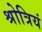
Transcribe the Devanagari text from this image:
श्रोत्रियं